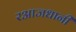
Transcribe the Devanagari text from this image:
रआजधानी